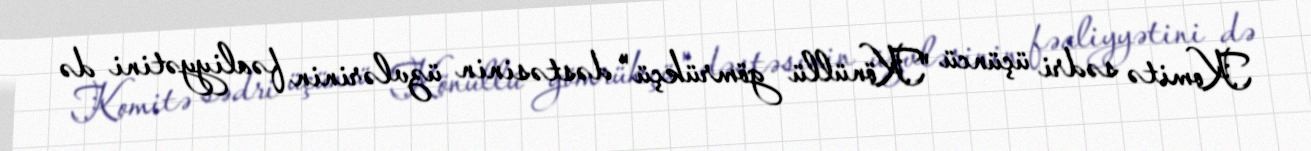
Komitə sədri üçüncü "Könüllü gömrükçü" dəstəsinin üzvlərinin fəaliyyətini də